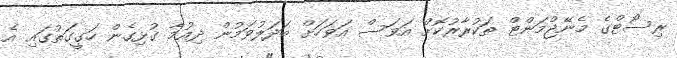
ރިސޯޓްގެ މެނޭޖްމަންޓް ތަކުރާރުކޮށް އަވަސް އަވަހަށް ބަދަލުވަމުން ދިއުމާ ގުޅިގެން ހަގީގަތުގައި އެ